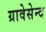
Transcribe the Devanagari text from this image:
ग्रावेसेन्द